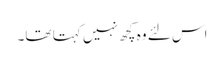
اس لئے وہ کچھ نہیں کہتا تھا۔